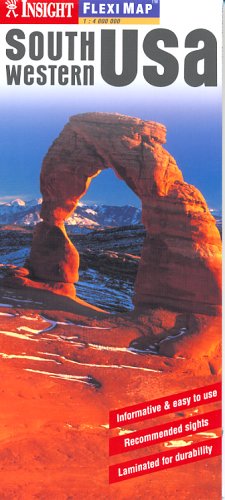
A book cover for US Southwest Insight Fleximap; Travel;